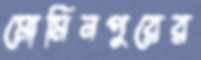
মোমিনপুরের